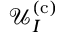
\mathcal { U } _ { I } ^ { \mathrm { ( c ) } }